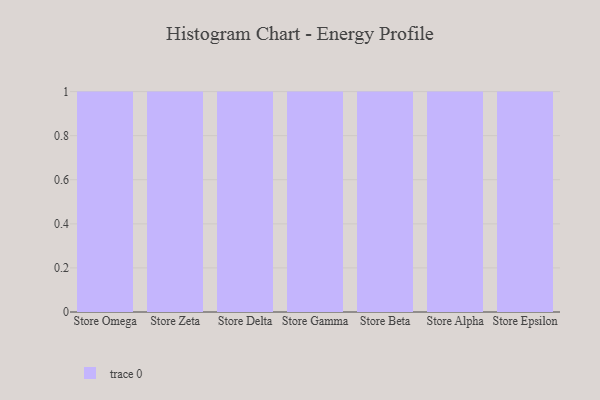
{"axis": {"x": "Store", "y": "LTV (USD)"}, "legend": [""], "data": [{"x": "Store Omega", "y": 90, "type": ""}, {"x": "Store Zeta", "y": 19, "type": ""}, {"x": "Store Delta", "y": 85, "type": ""}, {"x": "Store Gamma", "y": 2, "type": ""}, {"x": "Store Beta", "y": 49, "type": ""}, {"x": "Store Alpha", "y": 5, "type": ""}, {"x": "Store Epsilon", "y": 86, "type": ""}]}